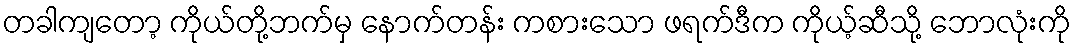
တခါကျတော့ ကိုယ်တို့ဘက်မှ နောက်တန်း ကစားသော ဖရက်ဒီက ကိုယ့်ဆီသို့ ဘောလုံးကို